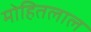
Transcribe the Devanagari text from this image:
मोहितलाल